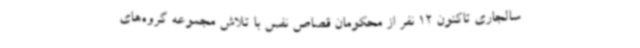
سالجاری تاکنون 12 نفر از محکومان قصاص نفس با تلاش مجموعه گروه‌های